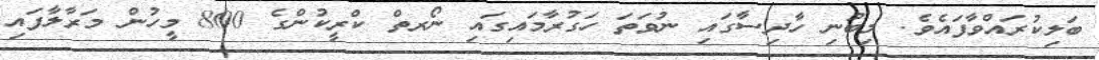
ބަލިކުރައްވާފައެވެ. މިބުނި ހާދިސާގައި ނުވަތަ ހަގުރާމައިގައި ނޯރތް ކްރީކުންގެ 800 މީހުން މަރާލާފައި